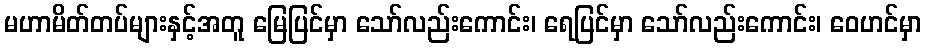
မဟာမိတ်တပ်များနှင့်အတူ မြေပြင်မှာ သော်လည်းကောင်း၊ ရေပြင်မှာ သော်လည်းကောင်း၊ ဝေဟင်မှာ